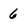
Character: 6